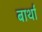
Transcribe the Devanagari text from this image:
बार्था